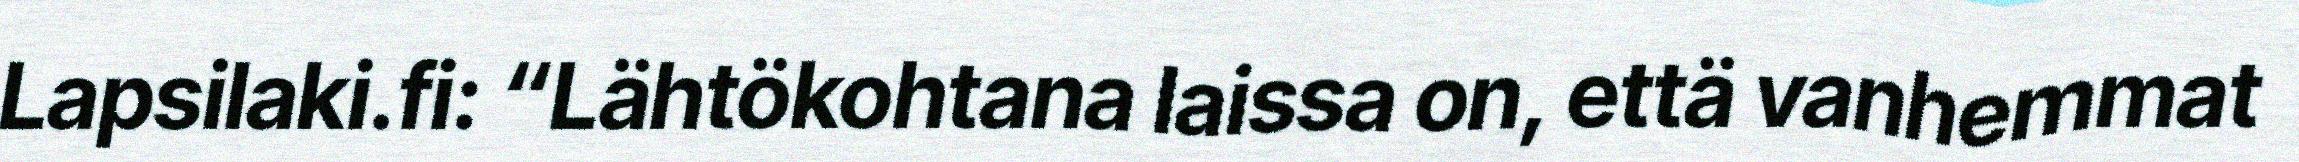
Lapsilaki.fi: “Lähtökohtana laissa on, että vanhemmat